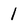
Character: 1